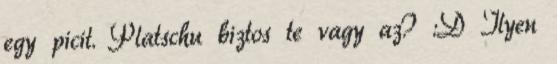
egy picit. Platschu biztos te vagy az? :D Ilyen